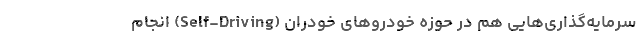
سرمایه‌گذاری‌هایی هم در حوزه خودروهای خودران (Self-Driving) انجام